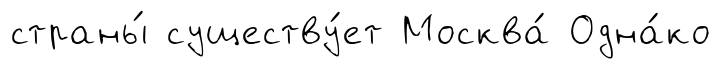
страны́ существу́ет Москва́ Одна́ко